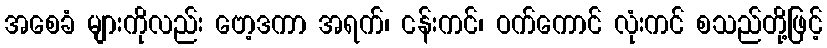
အစေခံ များကိုလည်း ဗော့ဒကာ အရက်၊ ငန်းကင်၊ ဝက်ကောင် လုံးကင် စသည်တို့ဖြင့်